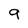
Character: 9